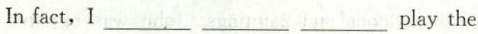
Infact,I___ ___ ___play the